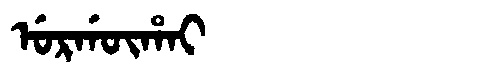
Manchu: ᡠᡵᡤᡡᡥᠠᡳ
Romanization: URGŪHAI